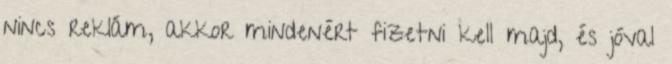
nincs reklám, akkor mindenért fizetni kell majd, és jóval